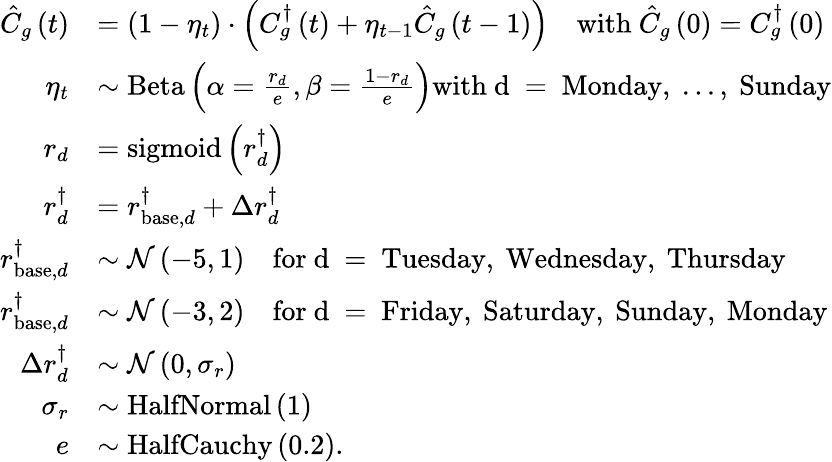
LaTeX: \begin{array}{rl}{\hat{C}_{g}\left(t\right)}&{=\left(1-\eta_{t}\right)\cdot\left(C_{g}^{\dagger}\left(t\right)+\eta_{t-1}\hat{C}_{g}\left(t-1\right)\right)\quad\mathrm{with~}\hat{C}_{g}\left(0\right)=C_{g}^{\dagger}\left(0\right)}\\ {\eta_{t}}&{\sim\mathrm{Beta}\left(\alpha=\frac{r_{d}}{e},\beta=\frac{1-r_{d}}{e}\right)\mathrm{with~d~=~Monday,~...,~Sunday}}\\ {r_{d}}&{=\mathrm{sigmoid}\left(r_{d}^{\dagger}\right)}\\ {r_{d}^{\dagger}}&{=r_{\mathrm{base},d}^{\dagger}+\Delta r_{d}^{\dagger}}\\ {r_{\mathrm{base},d}^{\dagger}}&{\sim\mathcal{N}\left(-5,1\right)\quad\mathrm{for~d~=~Tuesday,~Wednesday,~Thursday}}\\ {r_{\mathrm{base},d}^{\dagger}}&{\sim\mathcal{N}\left(-3,2\right)\quad\mathrm{for~d~=~Friday,~Saturday,~Sunday,~Monday}}\\ {\Delta r_{d}^{\dagger}}&{\sim\mathcal{N}\left(0,\sigma_{r}\right)}\\ {\sigma_{r}}&{\sim\mathrm{HalfNormal}\left(1\right)}\\ {e}&{\sim\mathrm{HalfCauchy}\left(0.2\right).}\end{array}